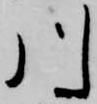
川